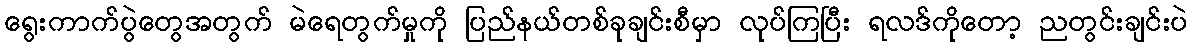
ရွေးကာက်ပွဲတွေအတွက် မဲရေတွက်မှုကို ပြည်နယ်တစ်ခုချင်းစီမှာ လုပ်ကြပြီး ရလဒ်ကိုတော့ ညတွင်းချင်းပဲ